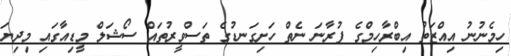
ހިމެނުނު އިއްޒަތު އިބްރާހިމްގެ ފުރާނަ ނެތް ހަށިގަނޑުގެ ތަސްވީރުތައް ސޯޝަލް މީޑިއާގައި މިދިޔަ